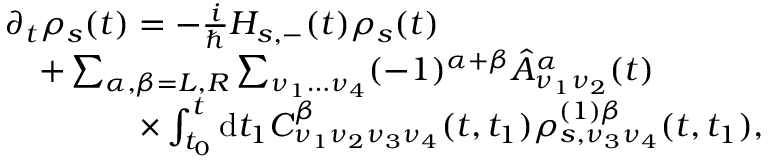
\begin{array} { r l } & { \partial _ { t } \rho _ { s } ( t ) = - \frac { i } { \hbar } H _ { s , - } ( t ) \rho _ { s } ( t ) } \\ & { \quad + \sum _ { \alpha , \beta = L , R } \sum _ { \nu _ { 1 } \dots \nu _ { 4 } } ( - 1 ) ^ { \alpha + \beta } \hat { A } _ { \nu _ { 1 } \nu _ { 2 } } ^ { \alpha } ( t ) } \\ & { \qquad \qquad \times \int _ { t _ { 0 } } ^ { t } \mathrm { d } t _ { 1 } C _ { \nu _ { 1 } \nu _ { 2 } \nu _ { 3 } \nu _ { 4 } } ^ { \beta } ( t , t _ { 1 } ) \rho _ { s , \nu _ { 3 } \nu _ { 4 } } ^ { ( 1 ) \beta } ( t , t _ { 1 } ) , } \end{array}